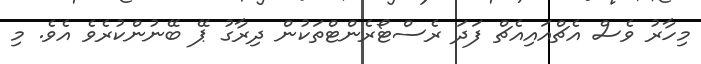
މިހާރު ވެސް އެޗްއައިއެޗް ފަދަ ރެސްޓޯރެންޓްތަކުން ދިރާގު ޕޭ ބޭނުންކުރެވެ އެވެ. މި